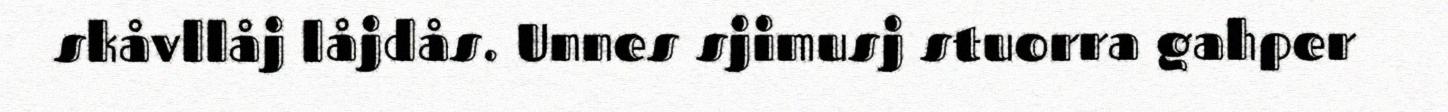
skåvllåj låjdås. Unnes sjimusj stuorra gahper